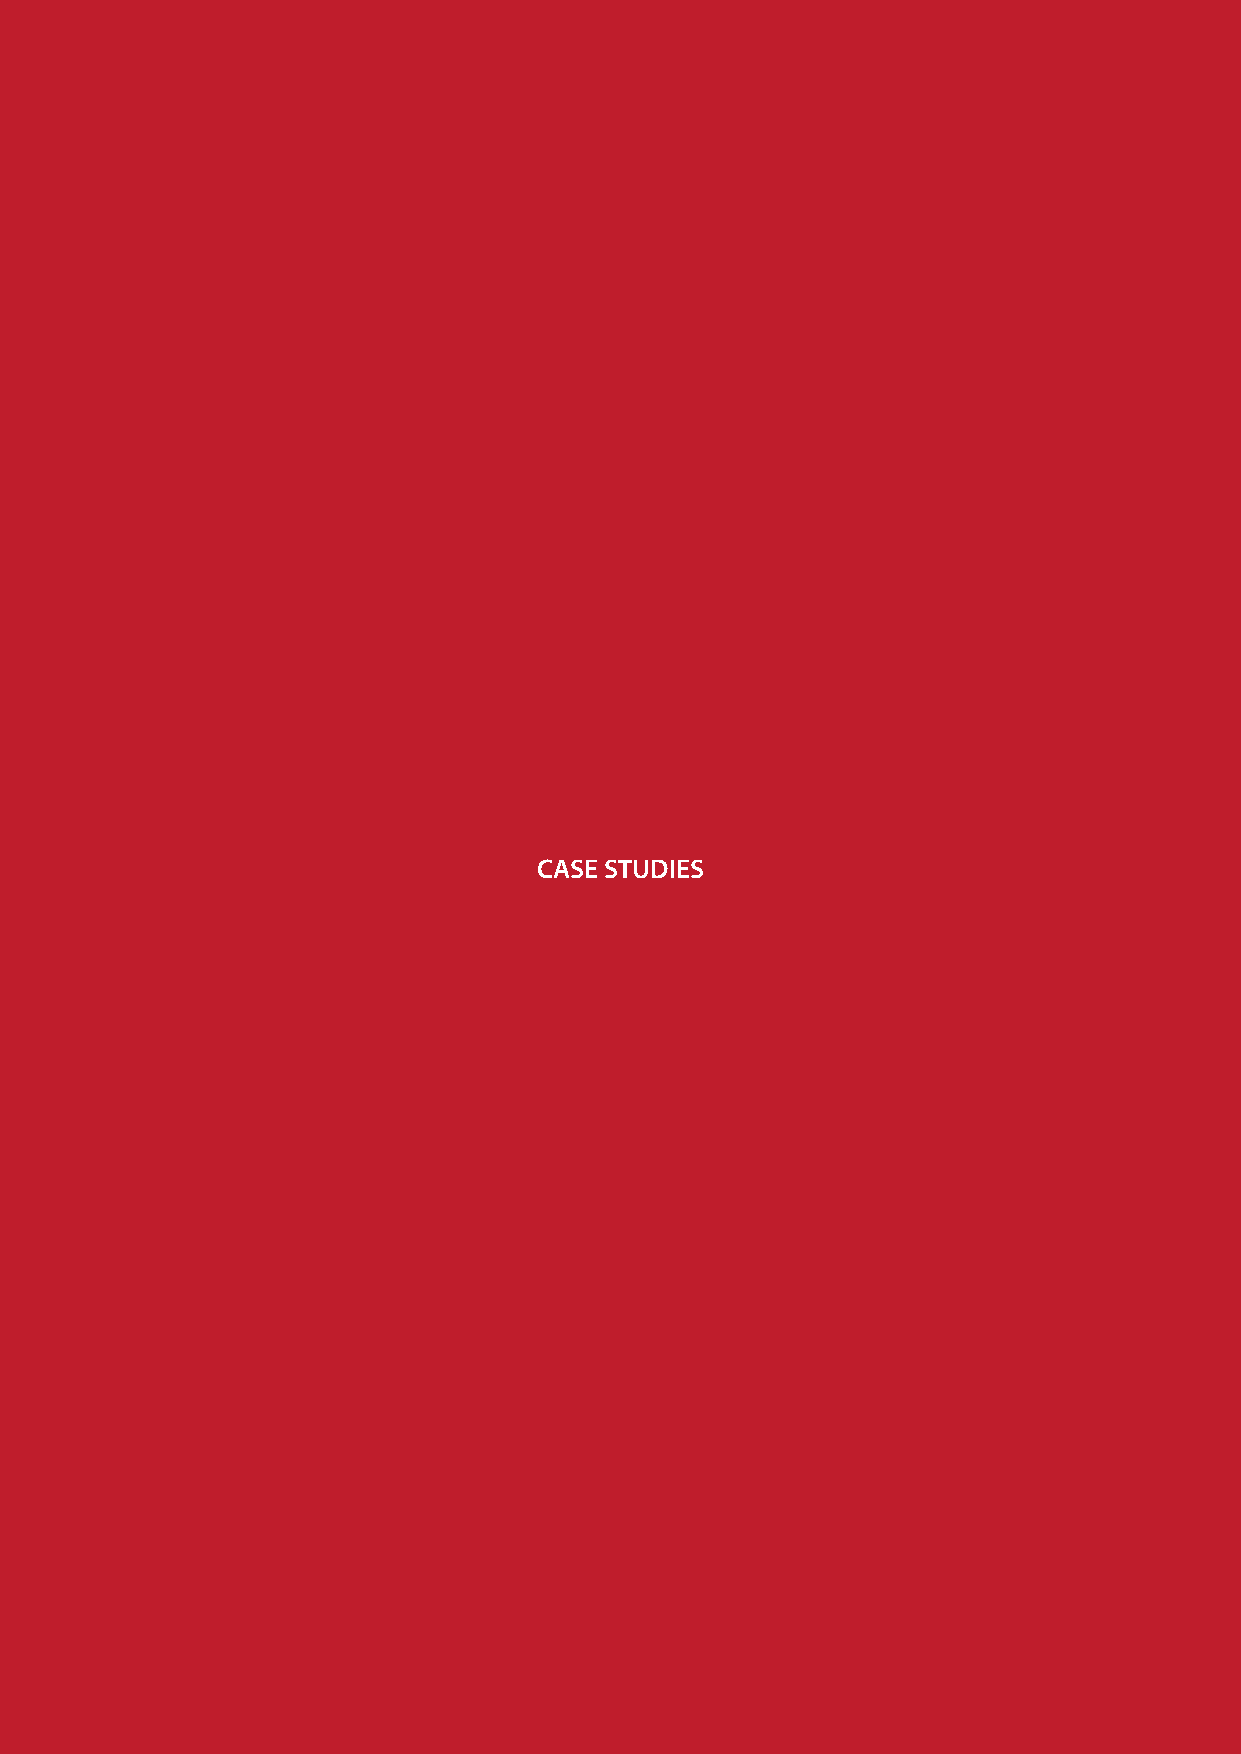
ACKNOWLEDGEMENTS
 These materials have been prepared by Mark Solomon under the Māori Economic Taskforce. The Māori Economic Taskforce was
 established in March 2009 as a result of the Māori Economic Summit and is a key initiative for the enhancement of Māori economic
 prosperity. On 28 January 2009, the Minister of Māori Aff airs held an Economic Summit to canvass ideas and potential initiatives to ensure
 Māori could both mitigate the eff ects of the economic downturn and position themselves to reap the benefi ts of economic recovery.
 The Māori Economic Taskforce is the brainchild of this workshop and will support the introduction and implementation of initiatives to
 enhance Māori economic prosperity in the short-term and beyond the recession, as well as promote and utilise kaupapa Māori and Māori
 structures as drivers of prosperity.
 CASE STUDIES
 Particular acknowledgement for the completion of these papers is due to;
 • Hon Dr Pita Sharples for his commitment to Māori development and leadership of the Taskforce;
 • Taskforce members Hon. Georgina Te Heuheu, Daphne Luke, June McCabe, Rob McLeod, Bentham Ohia and Ngahiwi Tomoana.
 As well as former member Hon John Tamihere;
 • The Price Waterhouse Coopers team who have shown remarkable dedication in preparing these papers.